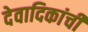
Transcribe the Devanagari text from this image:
देवादिकांची